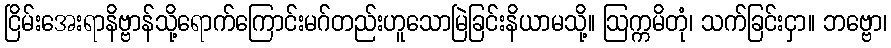
ငြိမ်းအေးရာနိဗ္ဗာန်သို့ရောက်ကြောင်းမဂ်တည်းဟူသောမြဲခြင်းနိယာမသို့။ ဩက္ကမိတုံ၊ သက်ခြင်းငှာ။ ဘဗ္ဗော၊